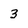
Character: 3